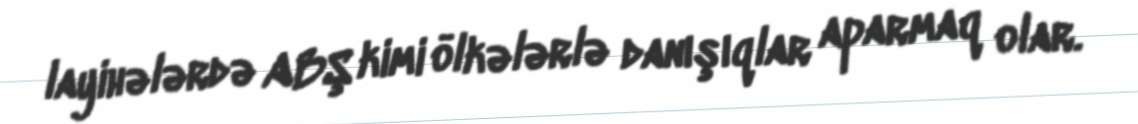
layihələrdə ABŞ kimi ölkələrlə danışıqlar aparmaq olar.